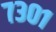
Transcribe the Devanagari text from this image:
७३०१